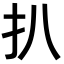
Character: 扒